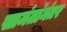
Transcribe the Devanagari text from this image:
सामंतांनंतर